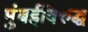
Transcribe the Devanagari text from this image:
मुंबईविरुद्ध